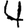
Digit: 4